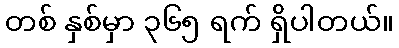
တစ် နှစ်မှာ ၃၆၅ ရက် ရှိပါတယ်။